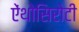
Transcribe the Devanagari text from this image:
ऐंथोसिरोटी